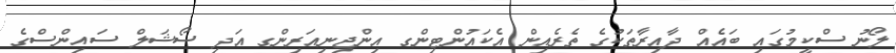
ލޯނު ސްކީމުގައި ބައެއް ދާއިރާތަކުގެ ތެރެއިން އެކައުންޓިންގ އިންޖިނިއަރިންގ އަދި ސޯޝަލް ސައިންސްގެ